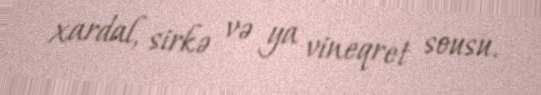
xardal, sirkə və ya vineqret sousu.